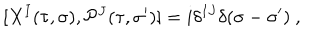
LaTeX: [ X ^ { I } ( \tau , \sigma ) , { \cal P } ^ { J } ( \tau , \sigma ^ { \prime } ) ] = i \delta ^ { I J } \delta ( \sigma - \sigma ^ { \prime } ) ~ ,